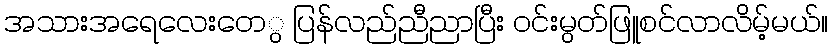
အသားအရေလေးတေွ ပြန်လည်ညီညာပြီး ၀င်းမွတ်ဖြူစင်လာလိမ့်မယ်။